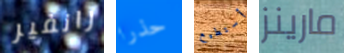
رانفير حذرا أستطيع مارينز